Bréfritari: Sigríður Pálsdóttir
Viðtakandi: Páll Pálsson
Dagsetning: A-1870-09-23
Skrifað á: Breiðabólsstað  Rang.
Páll var bróðir Sigríðar

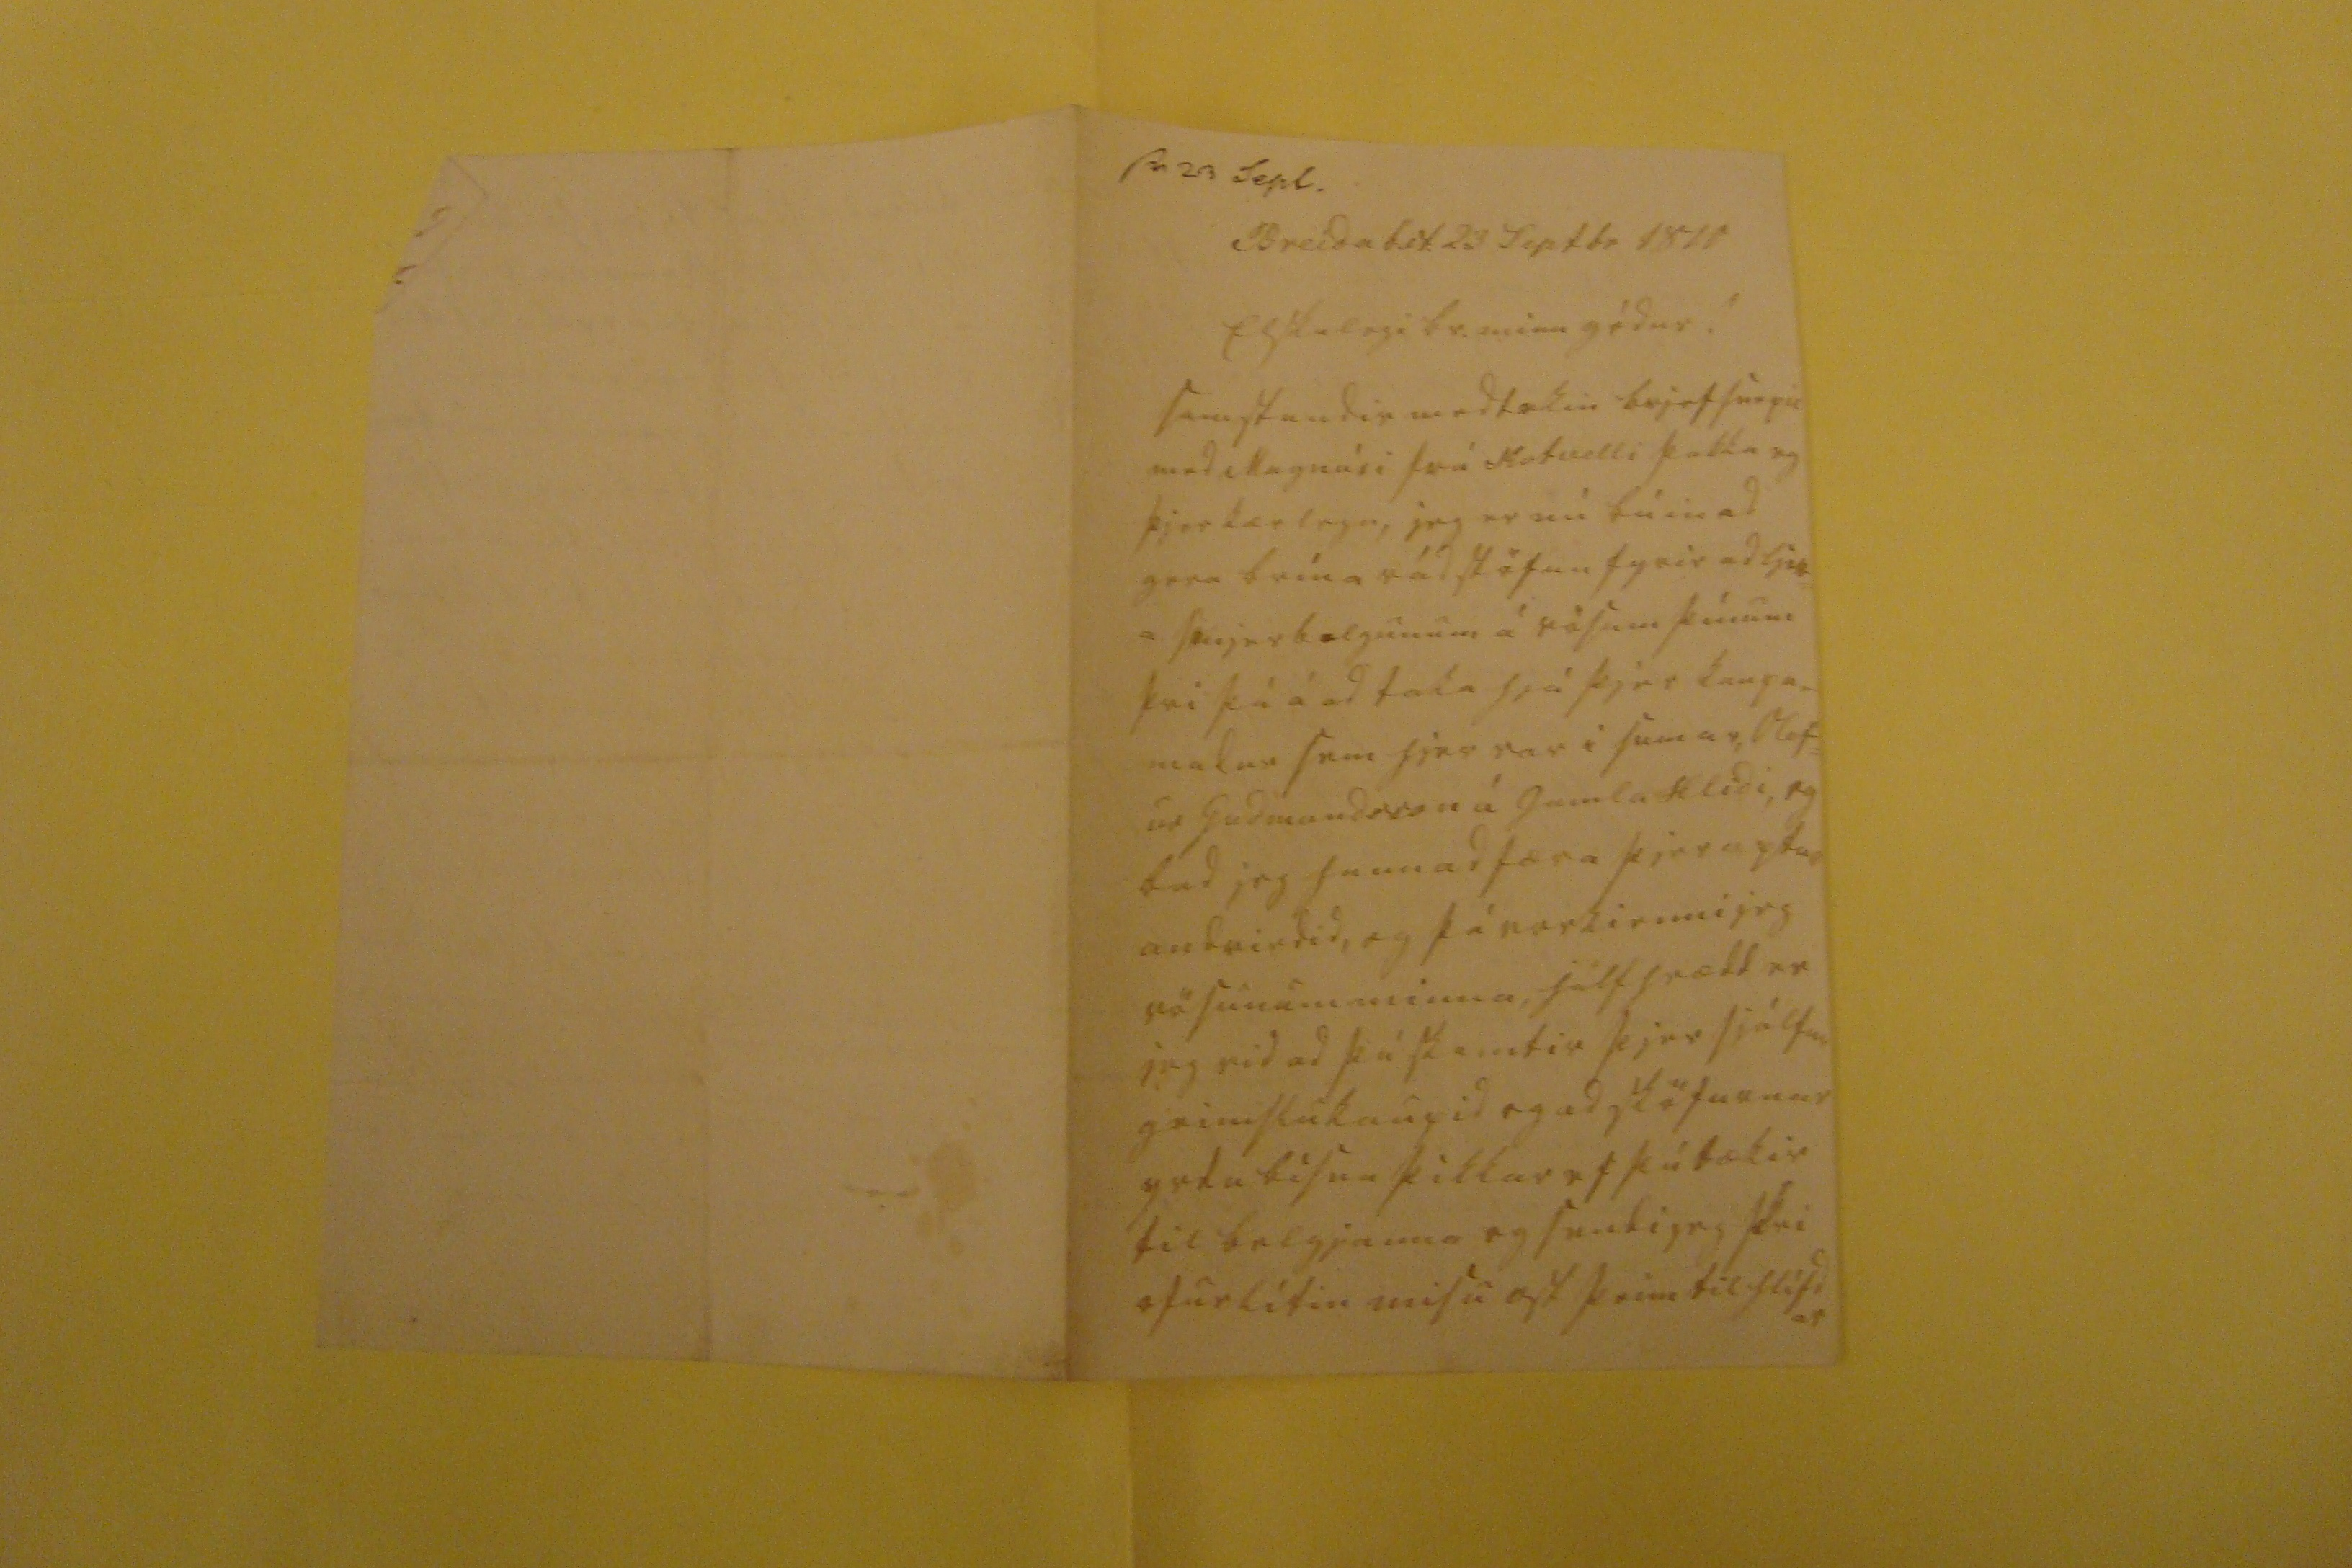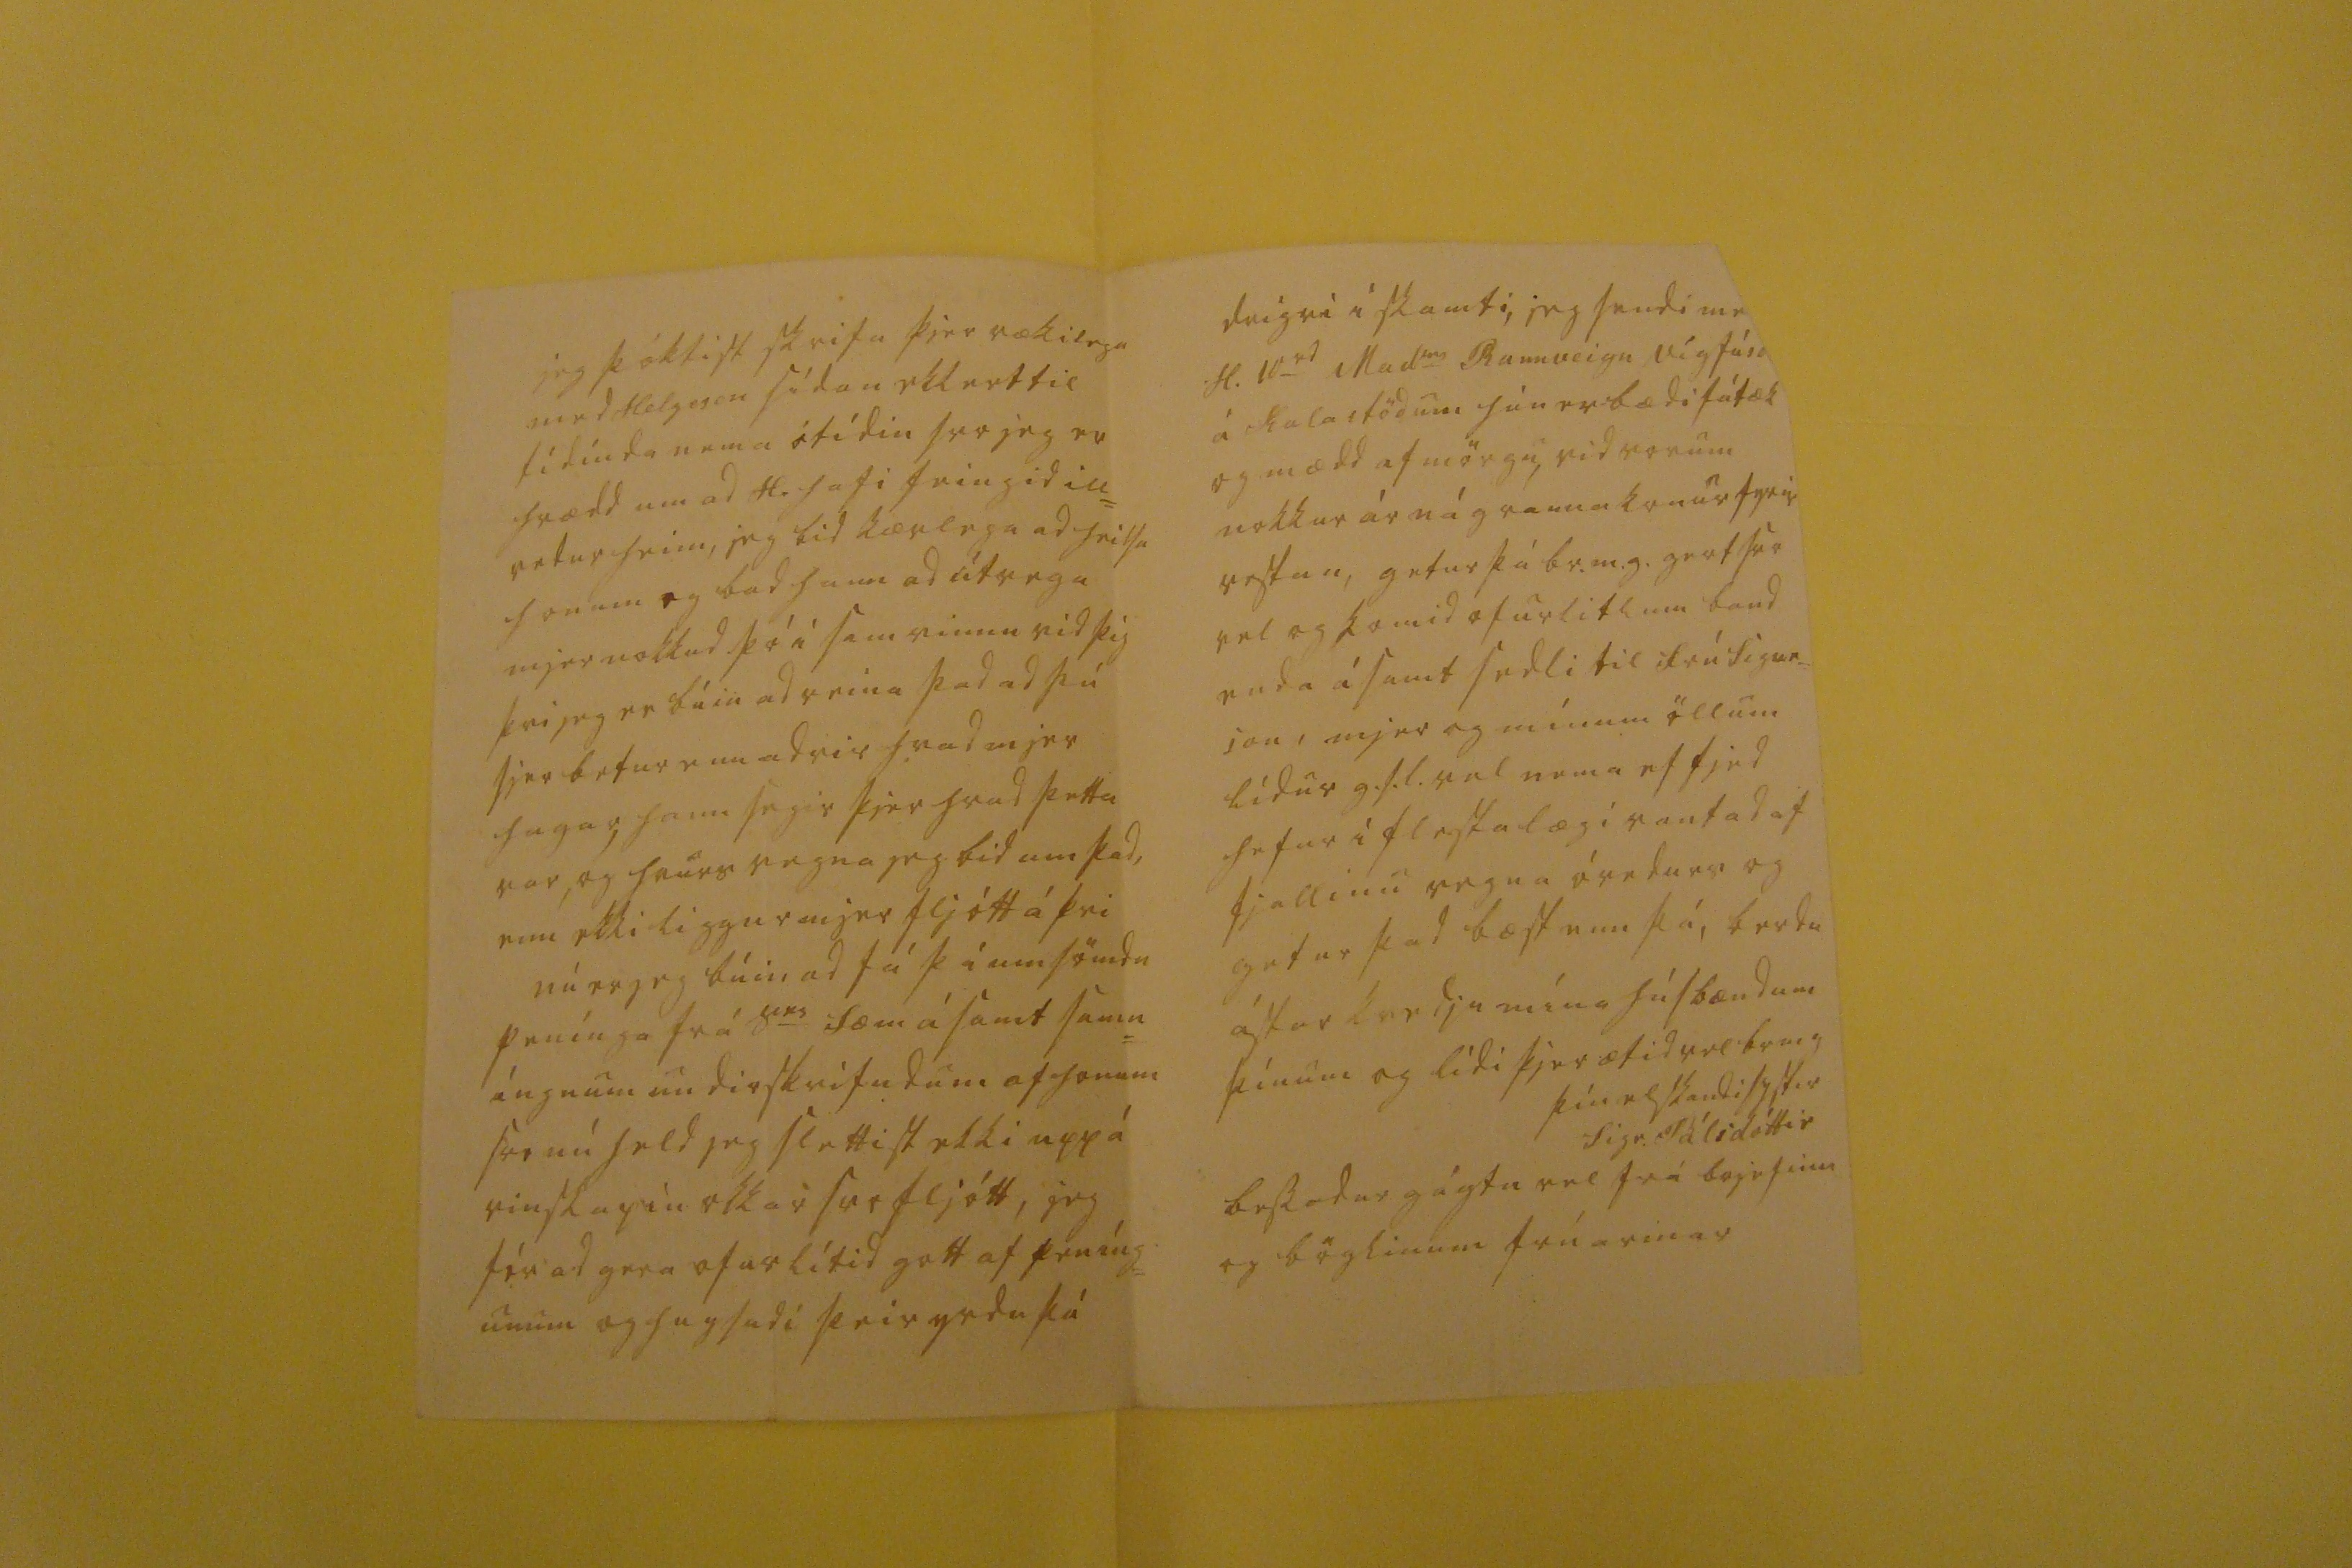

sv 23 Sept.
Breidab. st. 23 Septbr 1870
Elskulegi br. minn gódur!
samstundis medtekin brjefsnepil med Magnúsi fra Hofvelli þakka eg þjer kærlega, jeg er nú búin ad gera brína rádstöfun fyrir ad
lj00= a
smjerbelgunum á vösum þínum þvi þú á ad taka hjá þjer kaupa= madur sem hjer var i sumar, Olaf= ur Gudmundsson á gamla hlidi, og bad jeg hann ad færa þjer aptur andvirdid, og þá vorkienni jeg vösunum minna, hálfhrædd er jeg vid ad þú skemtir þjer sjálfur geimslukaupid og ad sköfurnar yrdu bísna þikkar ef þú tækir til belgjanna og sendi jeg þvi ofurlítin misu ost þeim til hlífdar
jeg þóktist skrifa þjer rækilega med Helgason sídan ekkert til tídínda nema ótídin svo jeg er hrædd um ad H. hafi feingid ill= vetur heim, jeg bid kærlega ad heilsa honum og bad hann ad útvega mjer nokkud þó i samvinnu vid þig þvi jeg er búin ad reina þad ad þú sjer betur enn adrir hvad mjer hugar, hann segir þjer hvad þetta var, og hvurs vegna jeg bid um þad, enn ekki liggur mjer fljótt á þvi nú er jeg búin ad fá þá umsömdu penínga frá S
er
Sæm ásamt samn= íngnum undirskrifudum af honum svo nú held jeg slettist ekki upp á vinskapin okkar svo fljótt, jeg fór ad gera ofurlítid gott af peníng= unum og hugsadi þeir yrdu þá
drigri i skamti, jeg sendi me H. 10
rd
Mad
m0
Rannveigu Vigfúsd á Kalastödum hún er bædi fátæk og mædd af mörgu, vid vorum nokkur ár nágrannakonur fyrir vestan, getur þú br.m.g. gert svo vel og komid ofurlitlum band enda ásamt sedli til frú Sigur= son, mjer og mínum öllum lídur g.s.l. vel nema ef fjed hefur i flesta lægi vantad af fjallinu vegna óvedurs og getur þad bæst enn þá, berdu ástarkvedju mína húsbændum þínum og lídi þjer ætíd vel br m g
þín elskandi systir
Sigr. Pálsdóttir
blessadur gágtu vel frá brjefinu og böglinum frúarinar